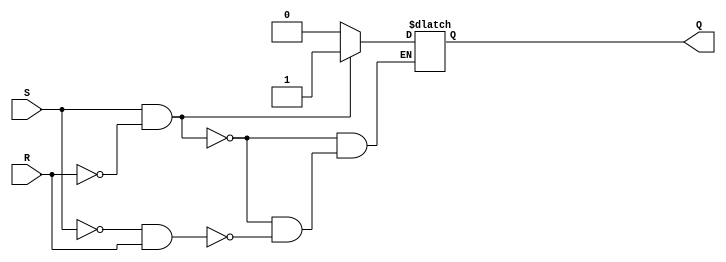
module sr_flipflop(
    input S, // set input
    input R, // reset input
    output reg Q // output
);

always @(S, R)
begin
    if (S && !R) // set
        Q = 1;
    else if (!S && R) // reset
        Q = 0;
    else // undefined state
        Q = Q;
end

endmodule